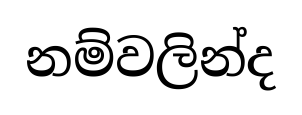
නම්වලින්ද